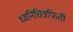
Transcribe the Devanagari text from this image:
ध्वनिचित्रफिती